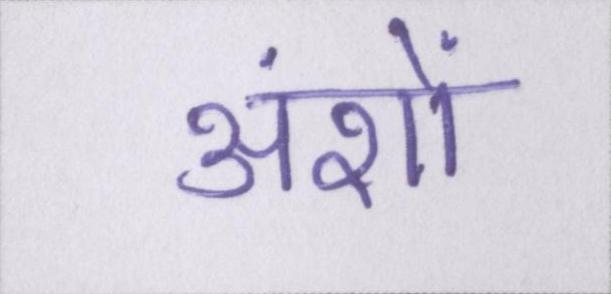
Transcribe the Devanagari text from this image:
अंशों